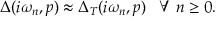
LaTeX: \Delta ( i \omega _ { n } , p ) \approx \Delta _ { T } ( i \omega _ { n } , p ) \; \; \; \forall \; n \geq 0 .